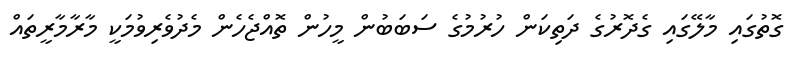
ގޮތުގައި މާލޭގައި ގެދޮރުގެ ދަތިކަން ހުރުމުގެ ސަބަބުން މީހުން ތޮއްޖެހެން މެދުވެރިވުމަކީ މާރާމާރީތައް